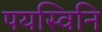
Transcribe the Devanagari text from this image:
पयस्विनि